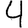
Digit: 4